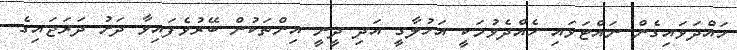
ހައްދަވައިގެން ނައްޓަވައި ހެއްދެވުމަކީ އަހުލާގީ އަދި ދީނީ އިންތަކުން ބޭރުވެފައިވާ ދަށު ދަރަޖައިގެ